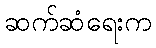
ဆက်ဆံရေးက